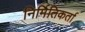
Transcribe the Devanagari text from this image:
निर्मितिकर्ता